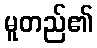
မူတည်၏